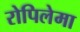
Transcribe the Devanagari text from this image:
रोपिलेमा